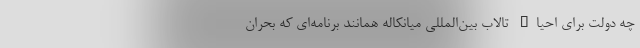
چه دولت برای احیاء تالاب بین‌المللی میانکاله همانند برنامه‌ای که بحران